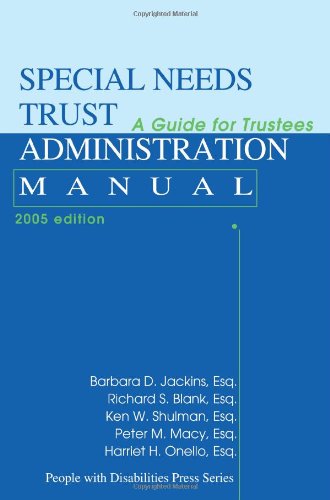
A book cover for Special Needs Trust Administration Manual: A Guide for Trustees; Barbara Jackins; Law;